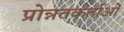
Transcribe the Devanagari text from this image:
प्रोन्नतकर्ताओं